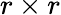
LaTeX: r\times r